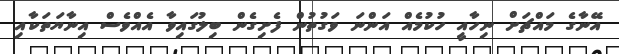
އޭނާގެ މައްޗަށް ނިހާއީ ހުކުމެއް އަންނަ ވަގުތުން ފެށިގެން ބިލުގައިވާ އެއްވެސް އިނާޔަތަކާއި